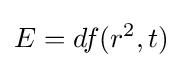
E=df(r^{2},t)